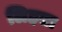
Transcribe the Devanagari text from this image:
लिहता